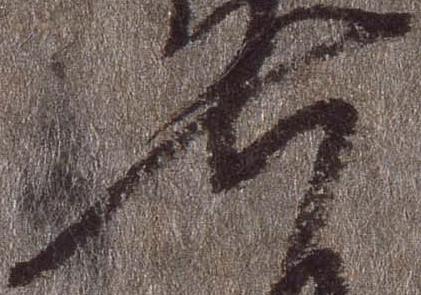
七